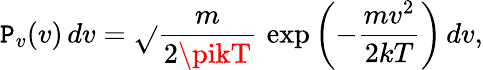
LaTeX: \mathtt{P}_{v}(v)\, dv={\sqrt{}{{\frac{{m}}{{2\pikT}}}}}\, \exp\left(-{\frac{{mv^{2}}}{{2kT}}}\right)\, dv,